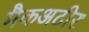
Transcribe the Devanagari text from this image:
मैकअटीर